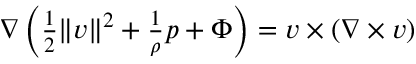
\begin{array} { r } { \nabla \left( \frac { 1 } { 2 } \| v \| ^ { 2 } + \frac { 1 } { \rho } p + \Phi \right) = v \times ( \nabla \times v ) } \end{array}